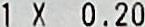
1 X 0.20